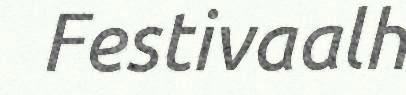
Festivaalh